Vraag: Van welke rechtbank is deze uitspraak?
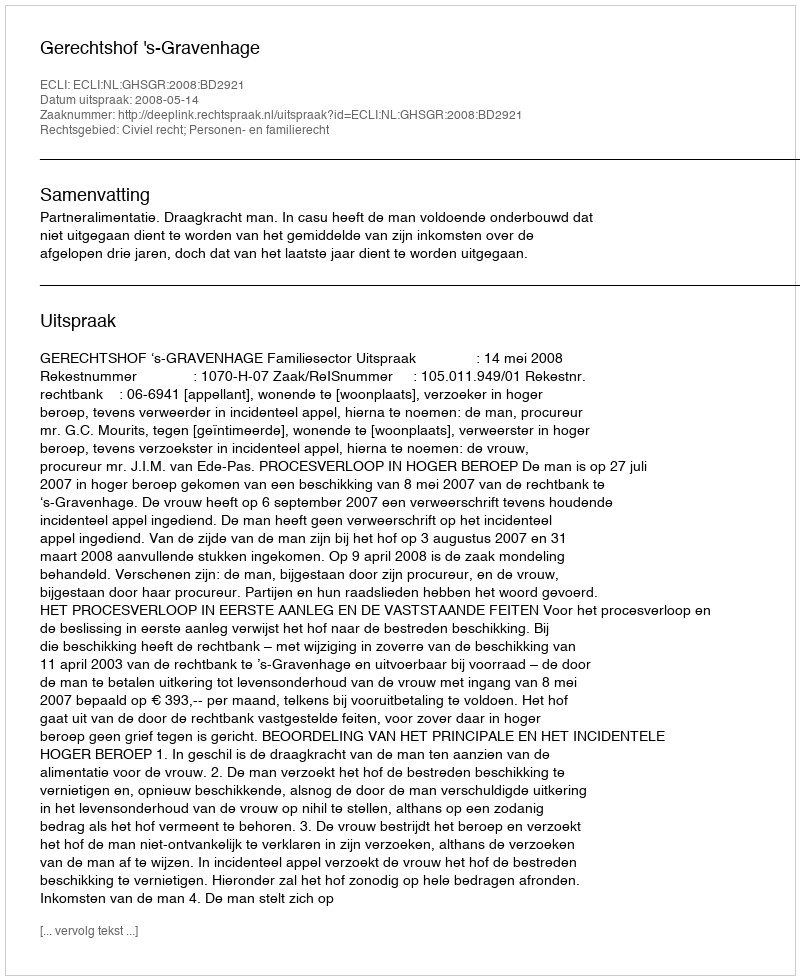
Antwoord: Gerechtshof 's-Gravenhage